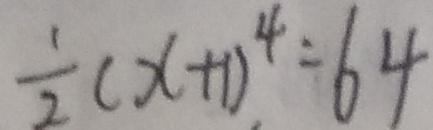
\frac { 1 } { 2 } ( x + 1 ) ^ { 4 } = 6 4